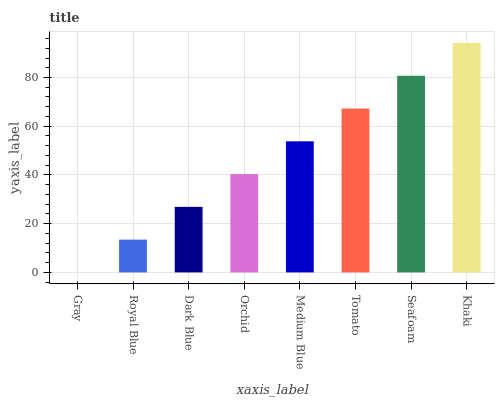
| xaxis_label | bars |
 | --- | --- |
 | Gray | 0 |
 | Royal Blue | 13.5 |
 | Dark Blue | 26.9 |
 | Orchid | 40.4 |
 | Medium Blue | 53.8 |
 | Tomato | 67.3 |
 | Seafoam | 80.7 |
 | Khaki | 94.2 |